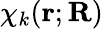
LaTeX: \chi_{k}(\mathbf{r};\mathbf{R})